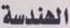
الهندسة